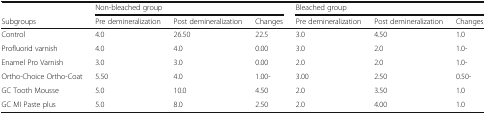
|  | <COLSPAN=3> Non-bleached group | <COLSPAN=3> Bleached group |
 | Subgroups | Pre demineralization | Post demineralization | Changes | Pre demineralization | Post demineralization | Changes |
 | --- | --- | --- | --- | --- | --- | --- |
 | Control | 4.0 | 26.50 | 22.5 | 3.0 | 4.50 | 1.0 |
 | Profluorid varnish | 4.0 | 4.0 | 0.00 | 3.0 | 2.0 | 1.0- |
 | Enamel Pro Varnish | 3.0 | 3.0 | 0.00 | 2.0 | 2.0 | 1.0- |
 | Ortho-Choice Ortho-Coat | 5.50 | 4.0 | 1.00- | 3.00 | 2.50 | 0.50- |
 | GC Tooth Mousse | 5.0 | 10.0 | 4.50 | 2.0 | 3.50 | 1.0 |
 | GC MI Paste plus | 5.0 | 8.0 | 2.50 | 2.0 | 4.00 | 1.0 |